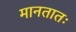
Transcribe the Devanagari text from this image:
मानतातः